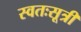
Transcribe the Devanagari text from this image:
स्वतःसूत्री